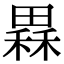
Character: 𤳂